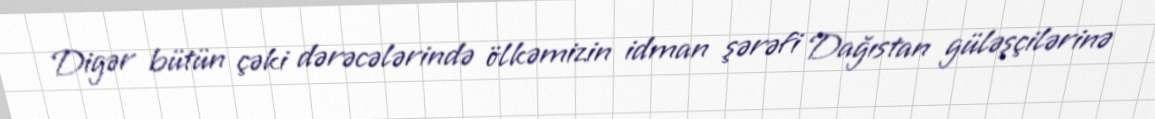
Digər bütün çəki dərəcələrində ölkəmizin idman şərəfi Dağıstan güləşçilərinə